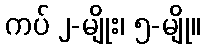
ကပ် ၂-မျိုး၊ ၅-မျို။